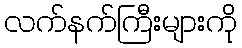
လက်နက်ကြီးများကို